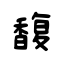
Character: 馥